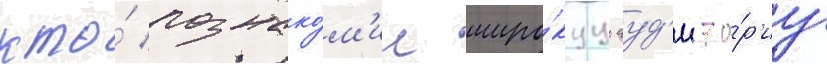
кто́ познако́м'ил широ́куу ауд'ито́р'иу